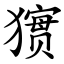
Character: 㺙